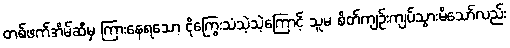
တစ်ဖက်အိမ်ဆီမှ ကြားနေရသော ငိုကြွေးသံသဲ့သဲ့ကြောင့် သူမ စိတ်ကျဉ်းကျပ်သွားမိသော်လည်း